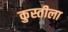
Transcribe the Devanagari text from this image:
कुस्तीला